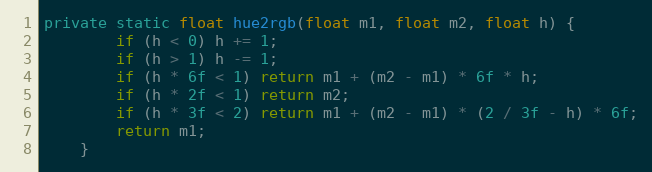
Language: Java
private static float hue2rgb(float m1, float m2, float h) {
        if (h < 0) h += 1;
        if (h > 1) h -= 1;
        if (h * 6f < 1) return m1 + (m2 - m1) * 6f * h;
        if (h * 2f < 1) return m2;
        if (h * 3f < 2) return m1 + (m2 - m1) * (2 / 3f - h) * 6f;
        return m1;
    }